Bréfritari: Þuríður Hallgrímsdóttir
Viðtakandi: Sólveig Jónsdóttir
Dagsetning: A-1867-09-15
Skrifað á: Hólmum  S-Múl.
Sólveig var dóttir Þuríðar

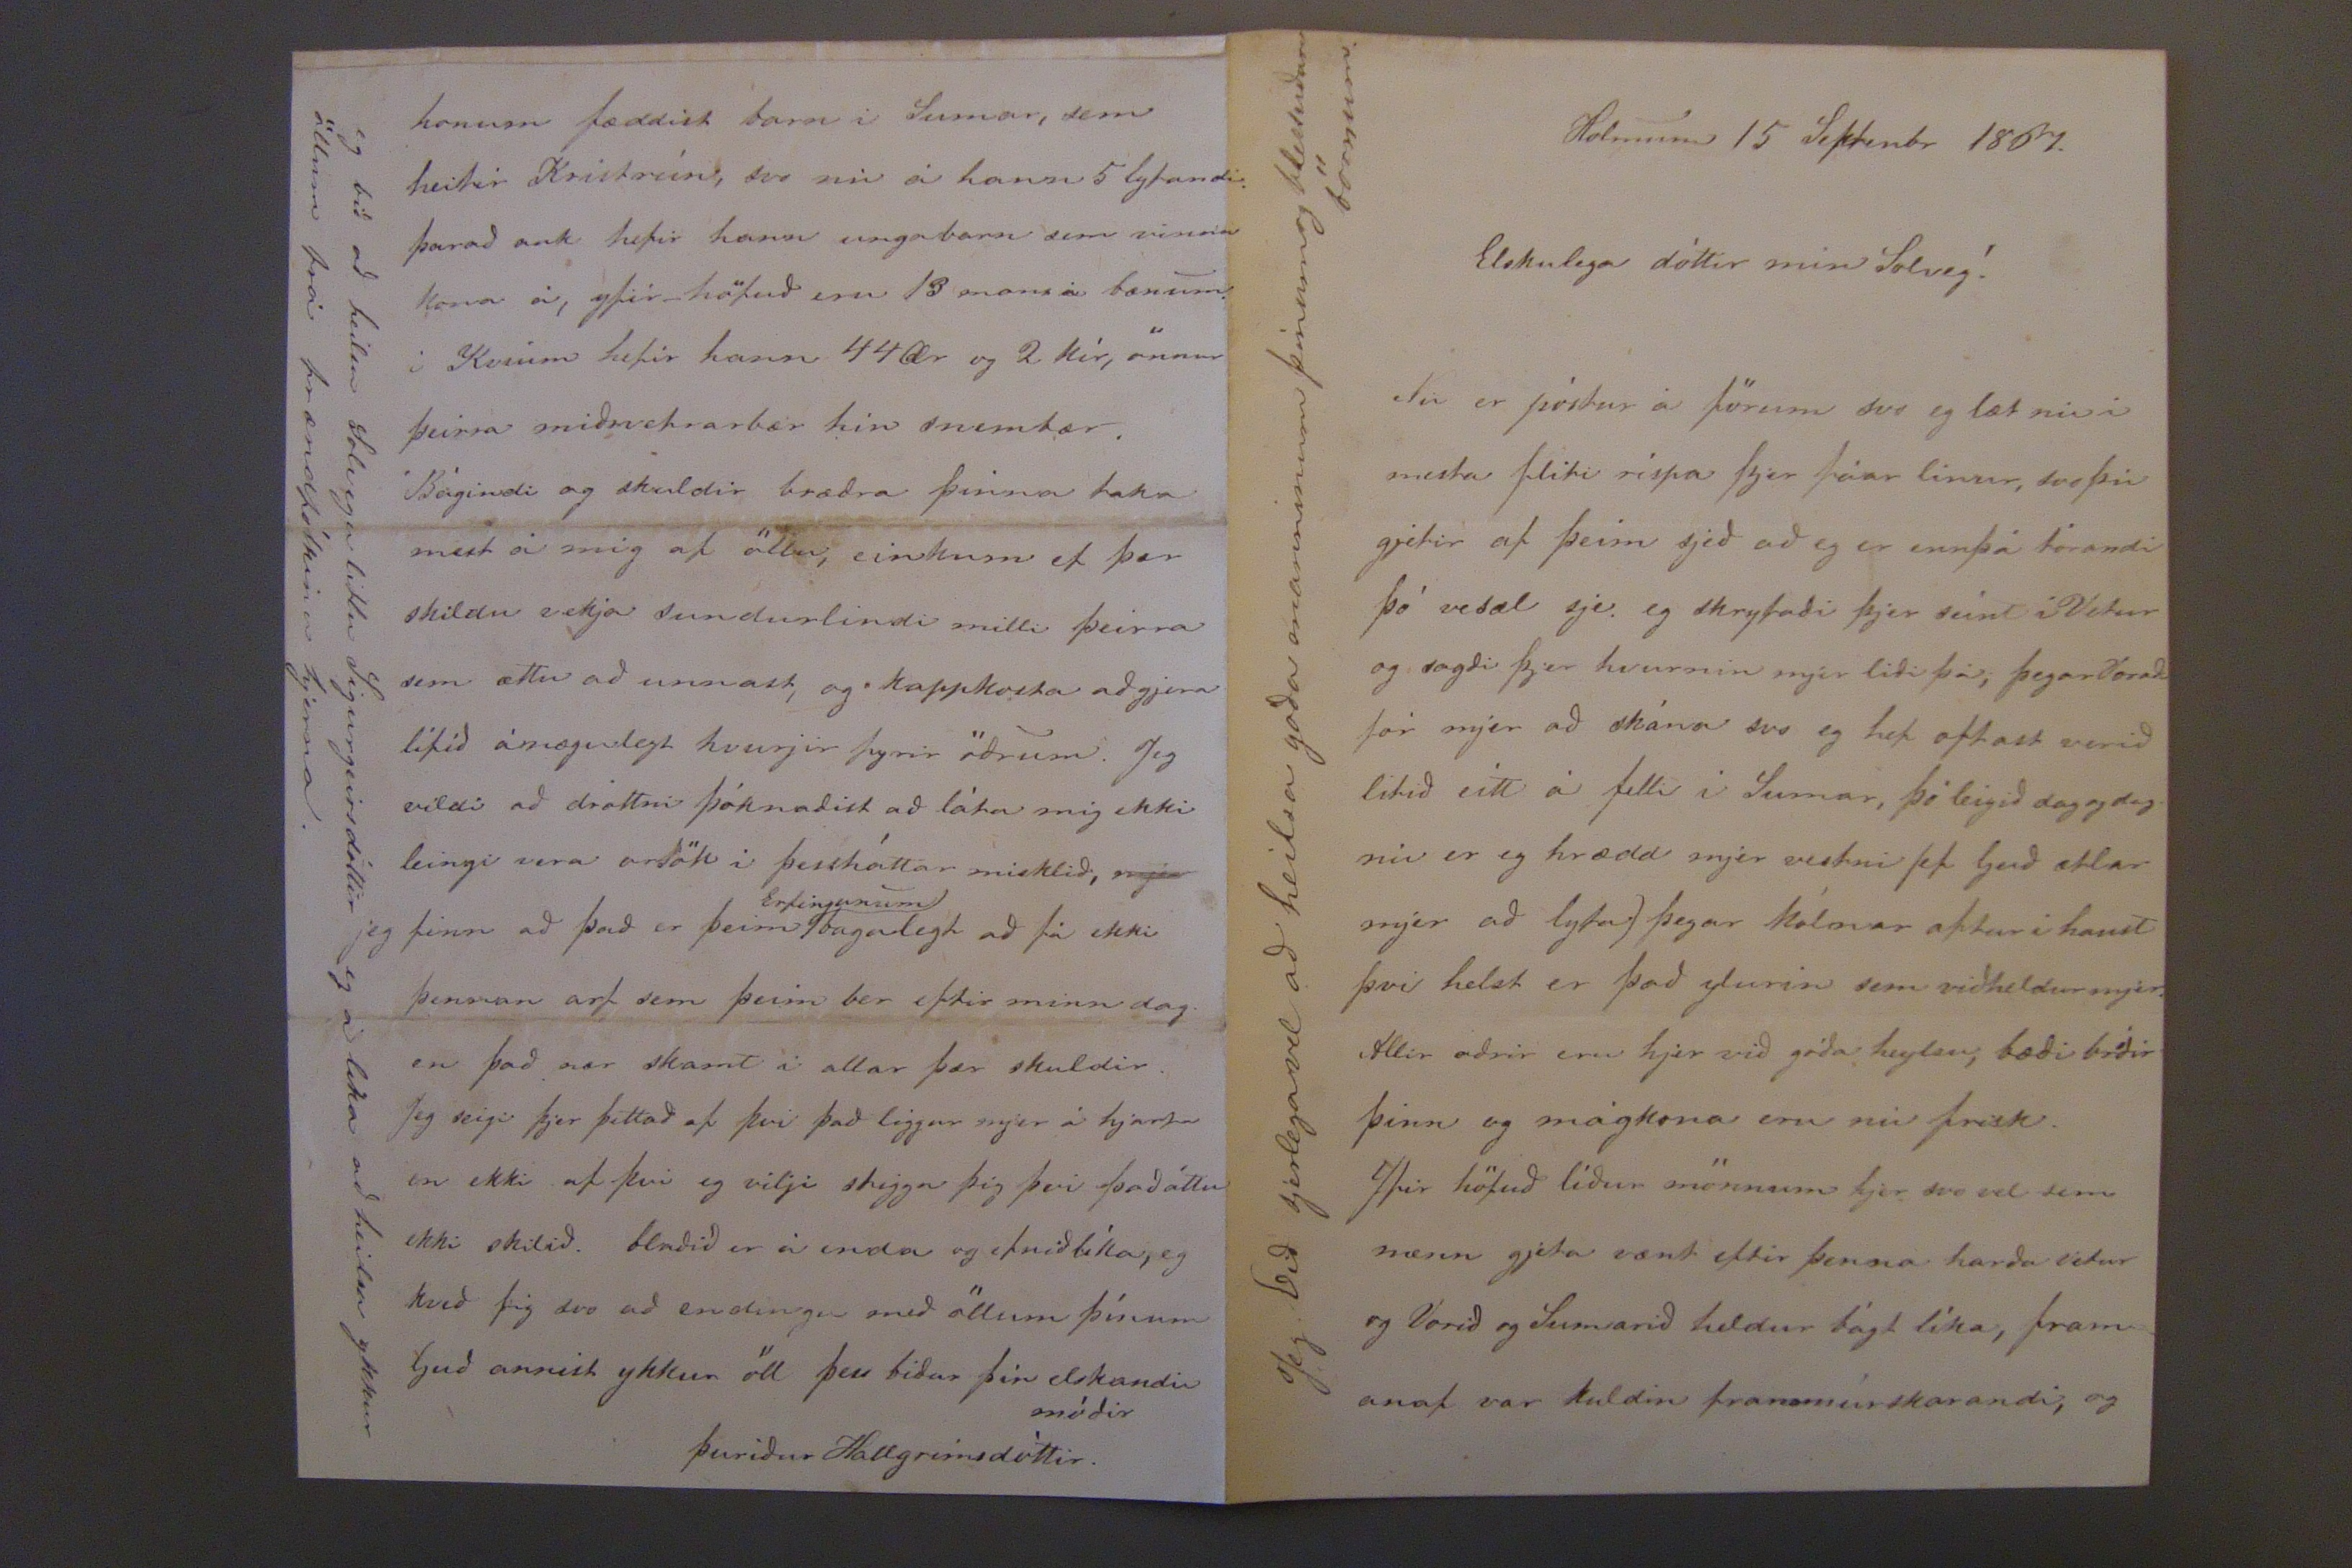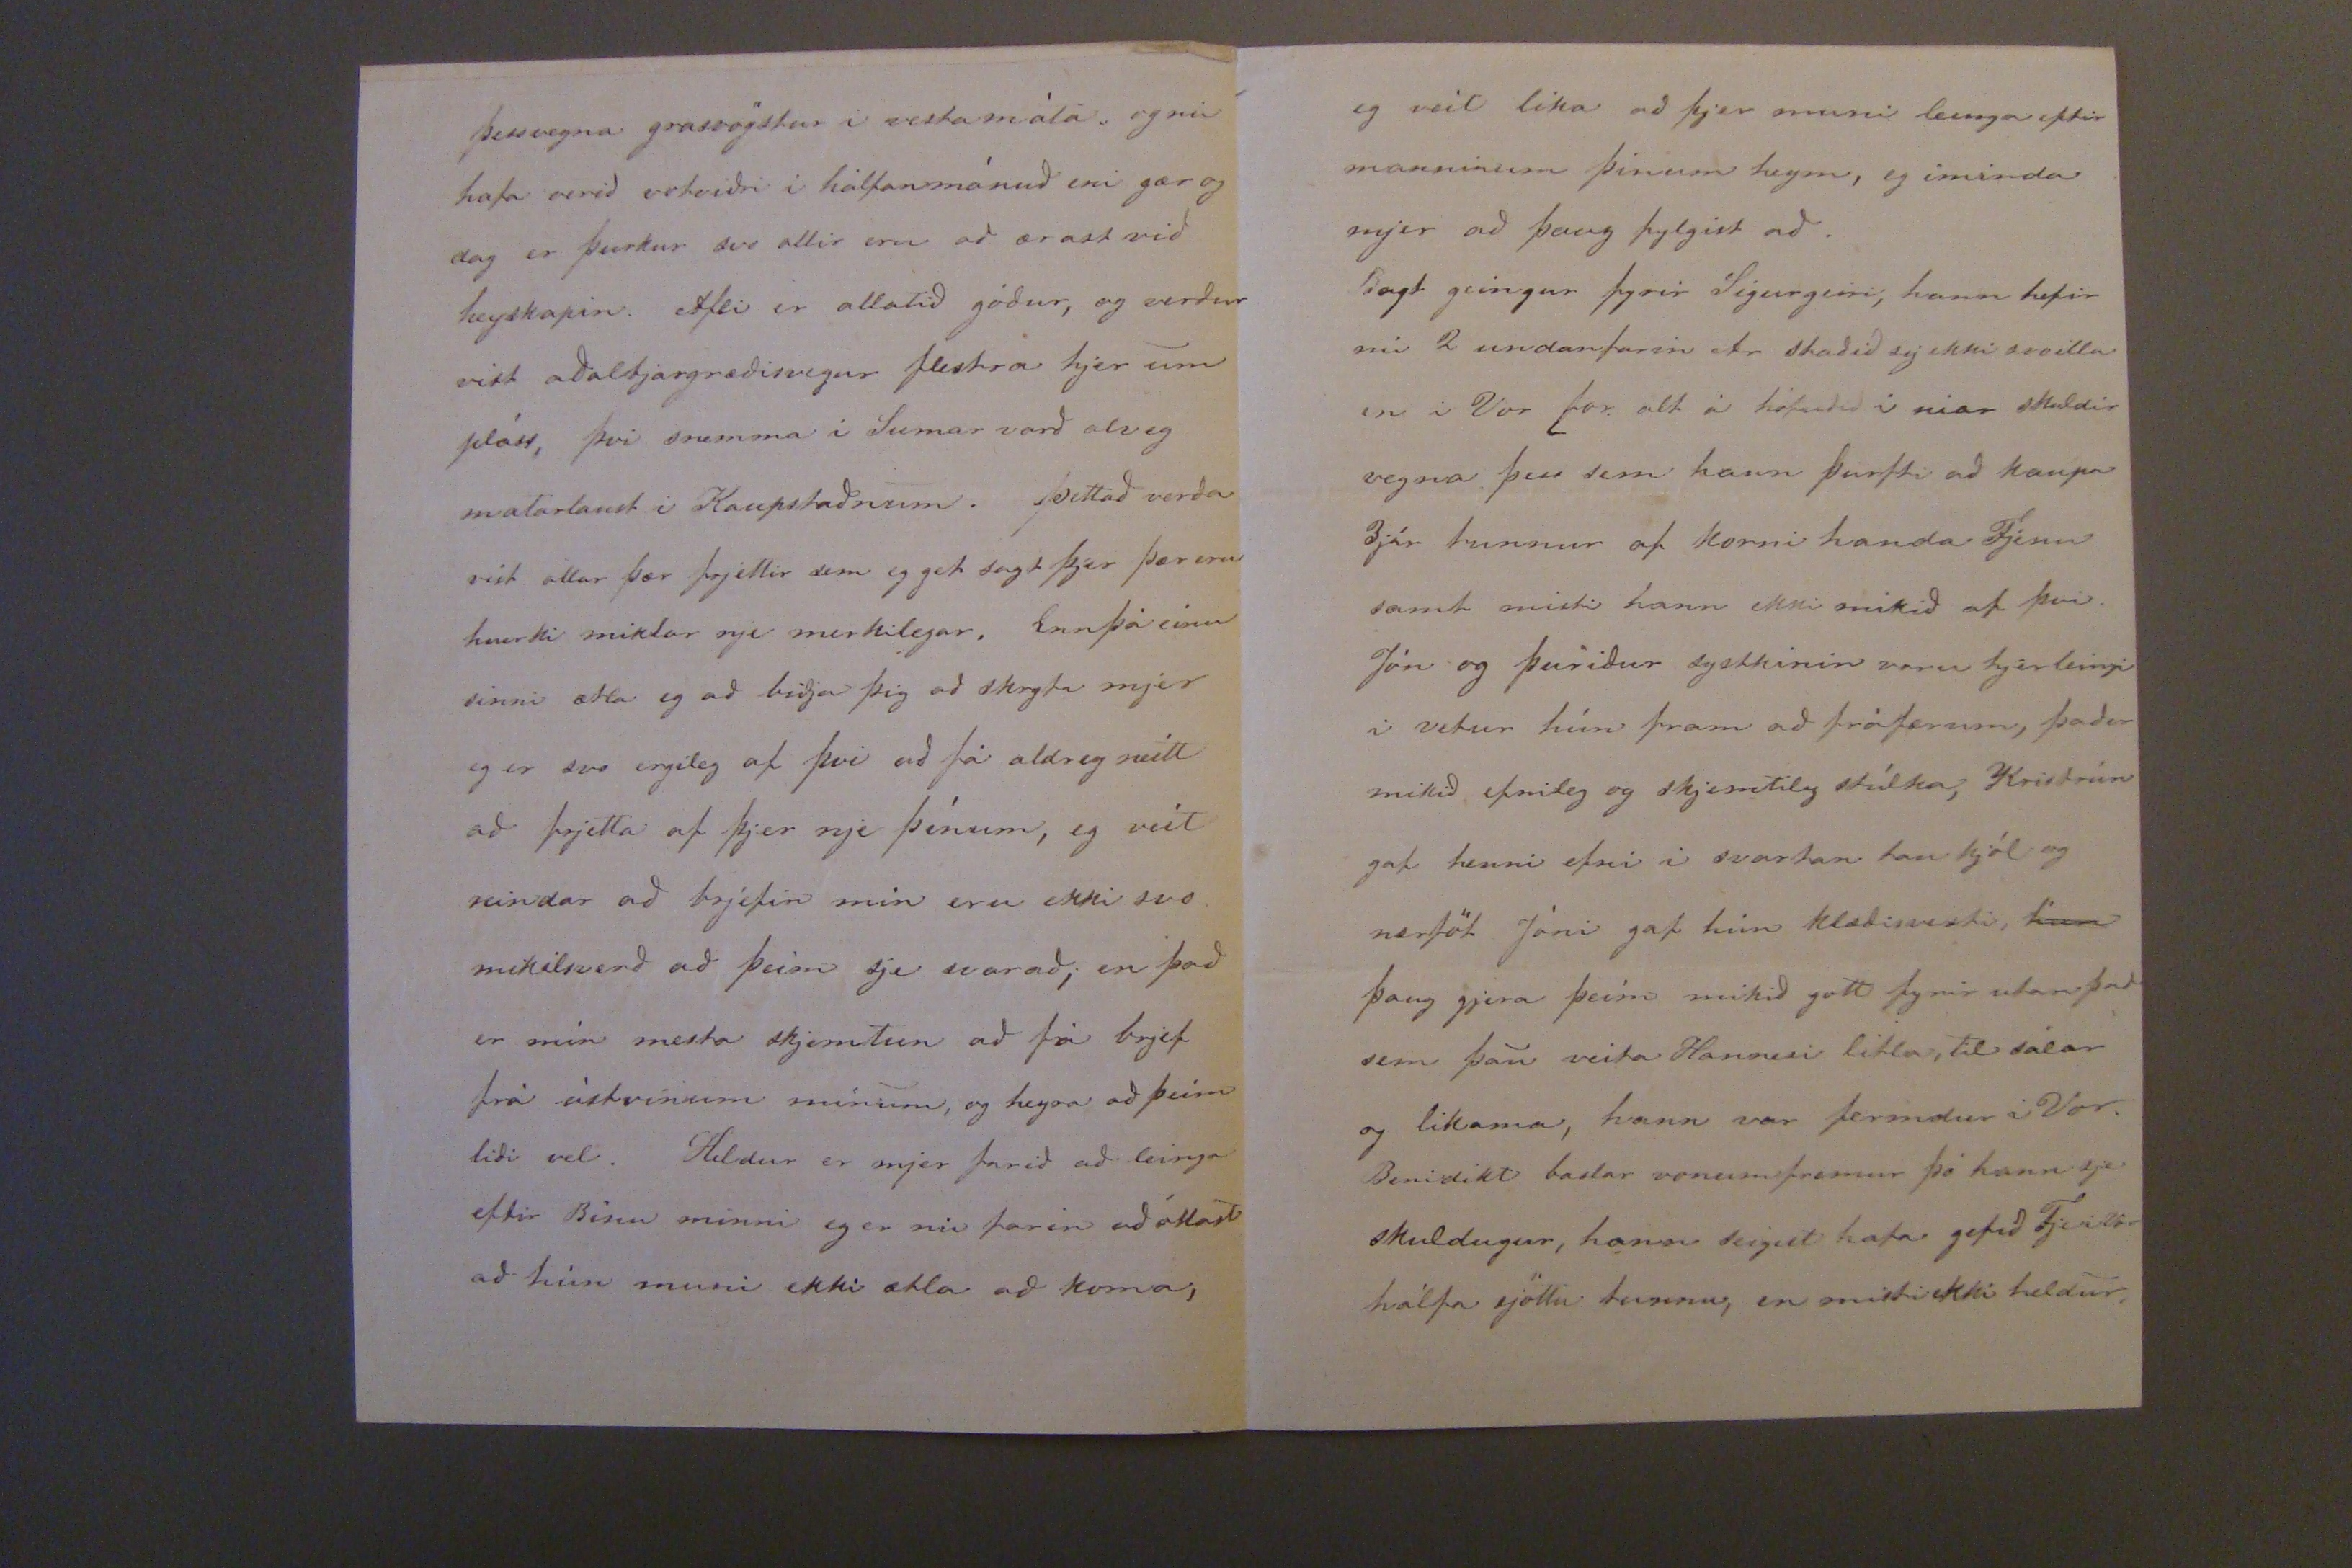

Holmum 15 Septenbr 1867
Elskulega dóttir min Solveg!
Nú er póstur a förum svo eg læt nu i mesta fliti rispa hjer fáar línur, svo þú gjetir af þeim sjeð að eg er ennþá torandi þó vesæl sje eg skryfadi þjer seint i Vetur og sagdi þjer hvurnin mjer lidi þá; þegar Voradi fór mjer ad skána svo eg hef oftast verid litid eítt á felli i Sumar, þó leigid dag og dag nú er eg hrædd mjer vestni (ef Guð ætlar mjer að lyfa.) þegar kólnar aftur i haust þvi helst er þad ylurin sem vidheldur mjer. allir adrir eru hjer vid góda heylsu, bædi br
ó
dir þinn og mágkona eru nú frisk. Yfir höfuð líður mönnum hjer svo vel sem menn gjeta vænt eftir þenna harda vetur og Vorid og Sumarid heldur bágt líka, fram= anaf var kuldin frammúrskarandi, og
Jeg bið kjerlega vel að heilsa góða manninum þínum og blessudum börnum.
þessvegna grasvögstur i vesta máta og nú hafa verid votvidri i hálfanmánuð eni gær og dag er þurkur svo allir eru að ærast við heyskapin. Afli er allatid gódur, og verdur vist aðalbjargrædisvegur flestra hjer um pláss, þvi snemma i Sumar varð alveg matarlaust i Kaupstaðnum. þettað verda víst allar þær frjettir sem eg get sagt þjer þær eru hvorki miklar nje merkilegar. Ennþá einu sinni ætla eg að biðja þig að skryfa mjer eg er svo ergileg af þvi ad fá aldrey neitt ad frjetta af þjer nje þínum, eg veit reindar að brjefin mín eru ekki svo mikilsverð að þeim sje svarað, en það er mín mesta skjemtun að fá brjef frá ástvinum mínum, og heyra að þeim lidi vel. Heldur er mjer farið að leinga eftir Binu minni eg er nú farin að óttast að hún muni ekki ætla að koma;
eg veit lika að þjer muni leinga eftir manninum þínum heym, eg iminda mjer að þaug fylgist að. Bagt geingur fyrir Sigurgeiri, hann hefir nú 2 undanfarin Ar staðid sig ekki svo illa en i Vor for. alt á höfudid i niar skuldir vegna þess sem hann þurfti að kaupa 3jár tunnur af korni hand Fjénu samt misti hann ekki mikið af þvi. Jón og þuridur systkinin voru hjer leingi i vetur hún fram að fráfærum, þaðer mikið efnileg og skjemtileg stúlka, Kristrún gaf henni efni i svartan taukjól og nærföt Jóni gaf hún klædisvesti,
hun
þaug gjera þeím mikið gott fyrir utan þad sem þau veita Hannesi litla, til sálar og likama, hann var fermdur i Vor, Benidikt baslar vonum fremur þó hann sje skuldugur, hann seigist hafa gefid Fje i Vor hálfa sjöttu tunnu, en misti ekki heldur.
honum fæddist barn i Sumar, sem heitir Kristrún; svo nú á hann 5 lyfandi: þarad auki hefir hann ungabarn sem vinnu kona á, yfir_ höfuð eru 13 mans á bænum i Kvíum hefir hann 44 Ær og 2 kír, önnur þeirra midsvetrarbær hin snembær. Bágindi og skuldir brædra þinna taka mest á mig af öllu, einkum ef þær skildu vekja sundurlindi milli þeirra sem ættu að unnast, og kappkosta að gjera lífid ánægulegt hvurjir fyrir ödrum. Jeg vildi að drottni þóknadist að láta mig ekki leingi vera orsök i þessháttar misklid,
mjer
jeg finn að það er þeim
Erfingunum
bagalegt að fá ekki þennan arf sem þeim ber eftir minn dag. en það nær skamt i allar þær skuldir Jeg seigi þjer þettað af þvi það liggur mjer á hjarta en ekki af þvi eg vilji stigga þig þvi þad áttu ekki skilið. bladid er á enda og efnið líka, eg kveð þig svo ad endingu með öllum þínum Guð annist ykkur öll þess bidur þín elskandi módir
Þurídur Hallgrímsdóttir.
eg bið að heilsa solvegu litlu Sigurgeirsdóttir eg á lika að heilsa ykkur öllum frá frændfólkinu hjerna.